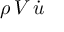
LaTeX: \rho \, V \, { \dot { u } }